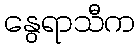
နွေရာသီက